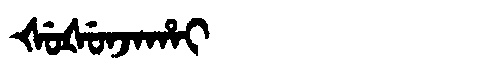
Manchu: ᡧᡠᡧᡠᠨᠵᠠᡥᠠᡳ
Romanization: ŠUŠUNJAHAI